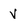
Character: V